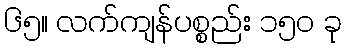
၆၅။ လက်ကျန်ပစ္စည်း ၁၅၀ ခု